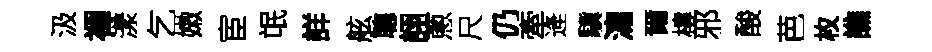
汲襌漾乞嫩宦氓詳舷聰詡蔥尺仍牽逄驥瀉爾樓邪酸芭枚譙